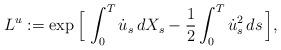
LaTeX: \begin{align*}L^u:=\exp\Big[\,\int_0^T \dot{u}_s\,dX_s-\frac{1}{2}\int_0^T \dot{u}^2_s\,ds\,\Big],\end{align*}